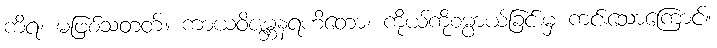
ကိရ၊ မဖြစ်သတတ်။ ကာယဝိဇမ္ဘနရဟိတော၊ ကိုယ်ကိုစမ္ပာယ်ခြင်းမှ ကင်းသောကြောင့်။